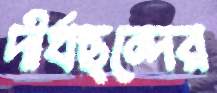
দীর্ঘছন্দের